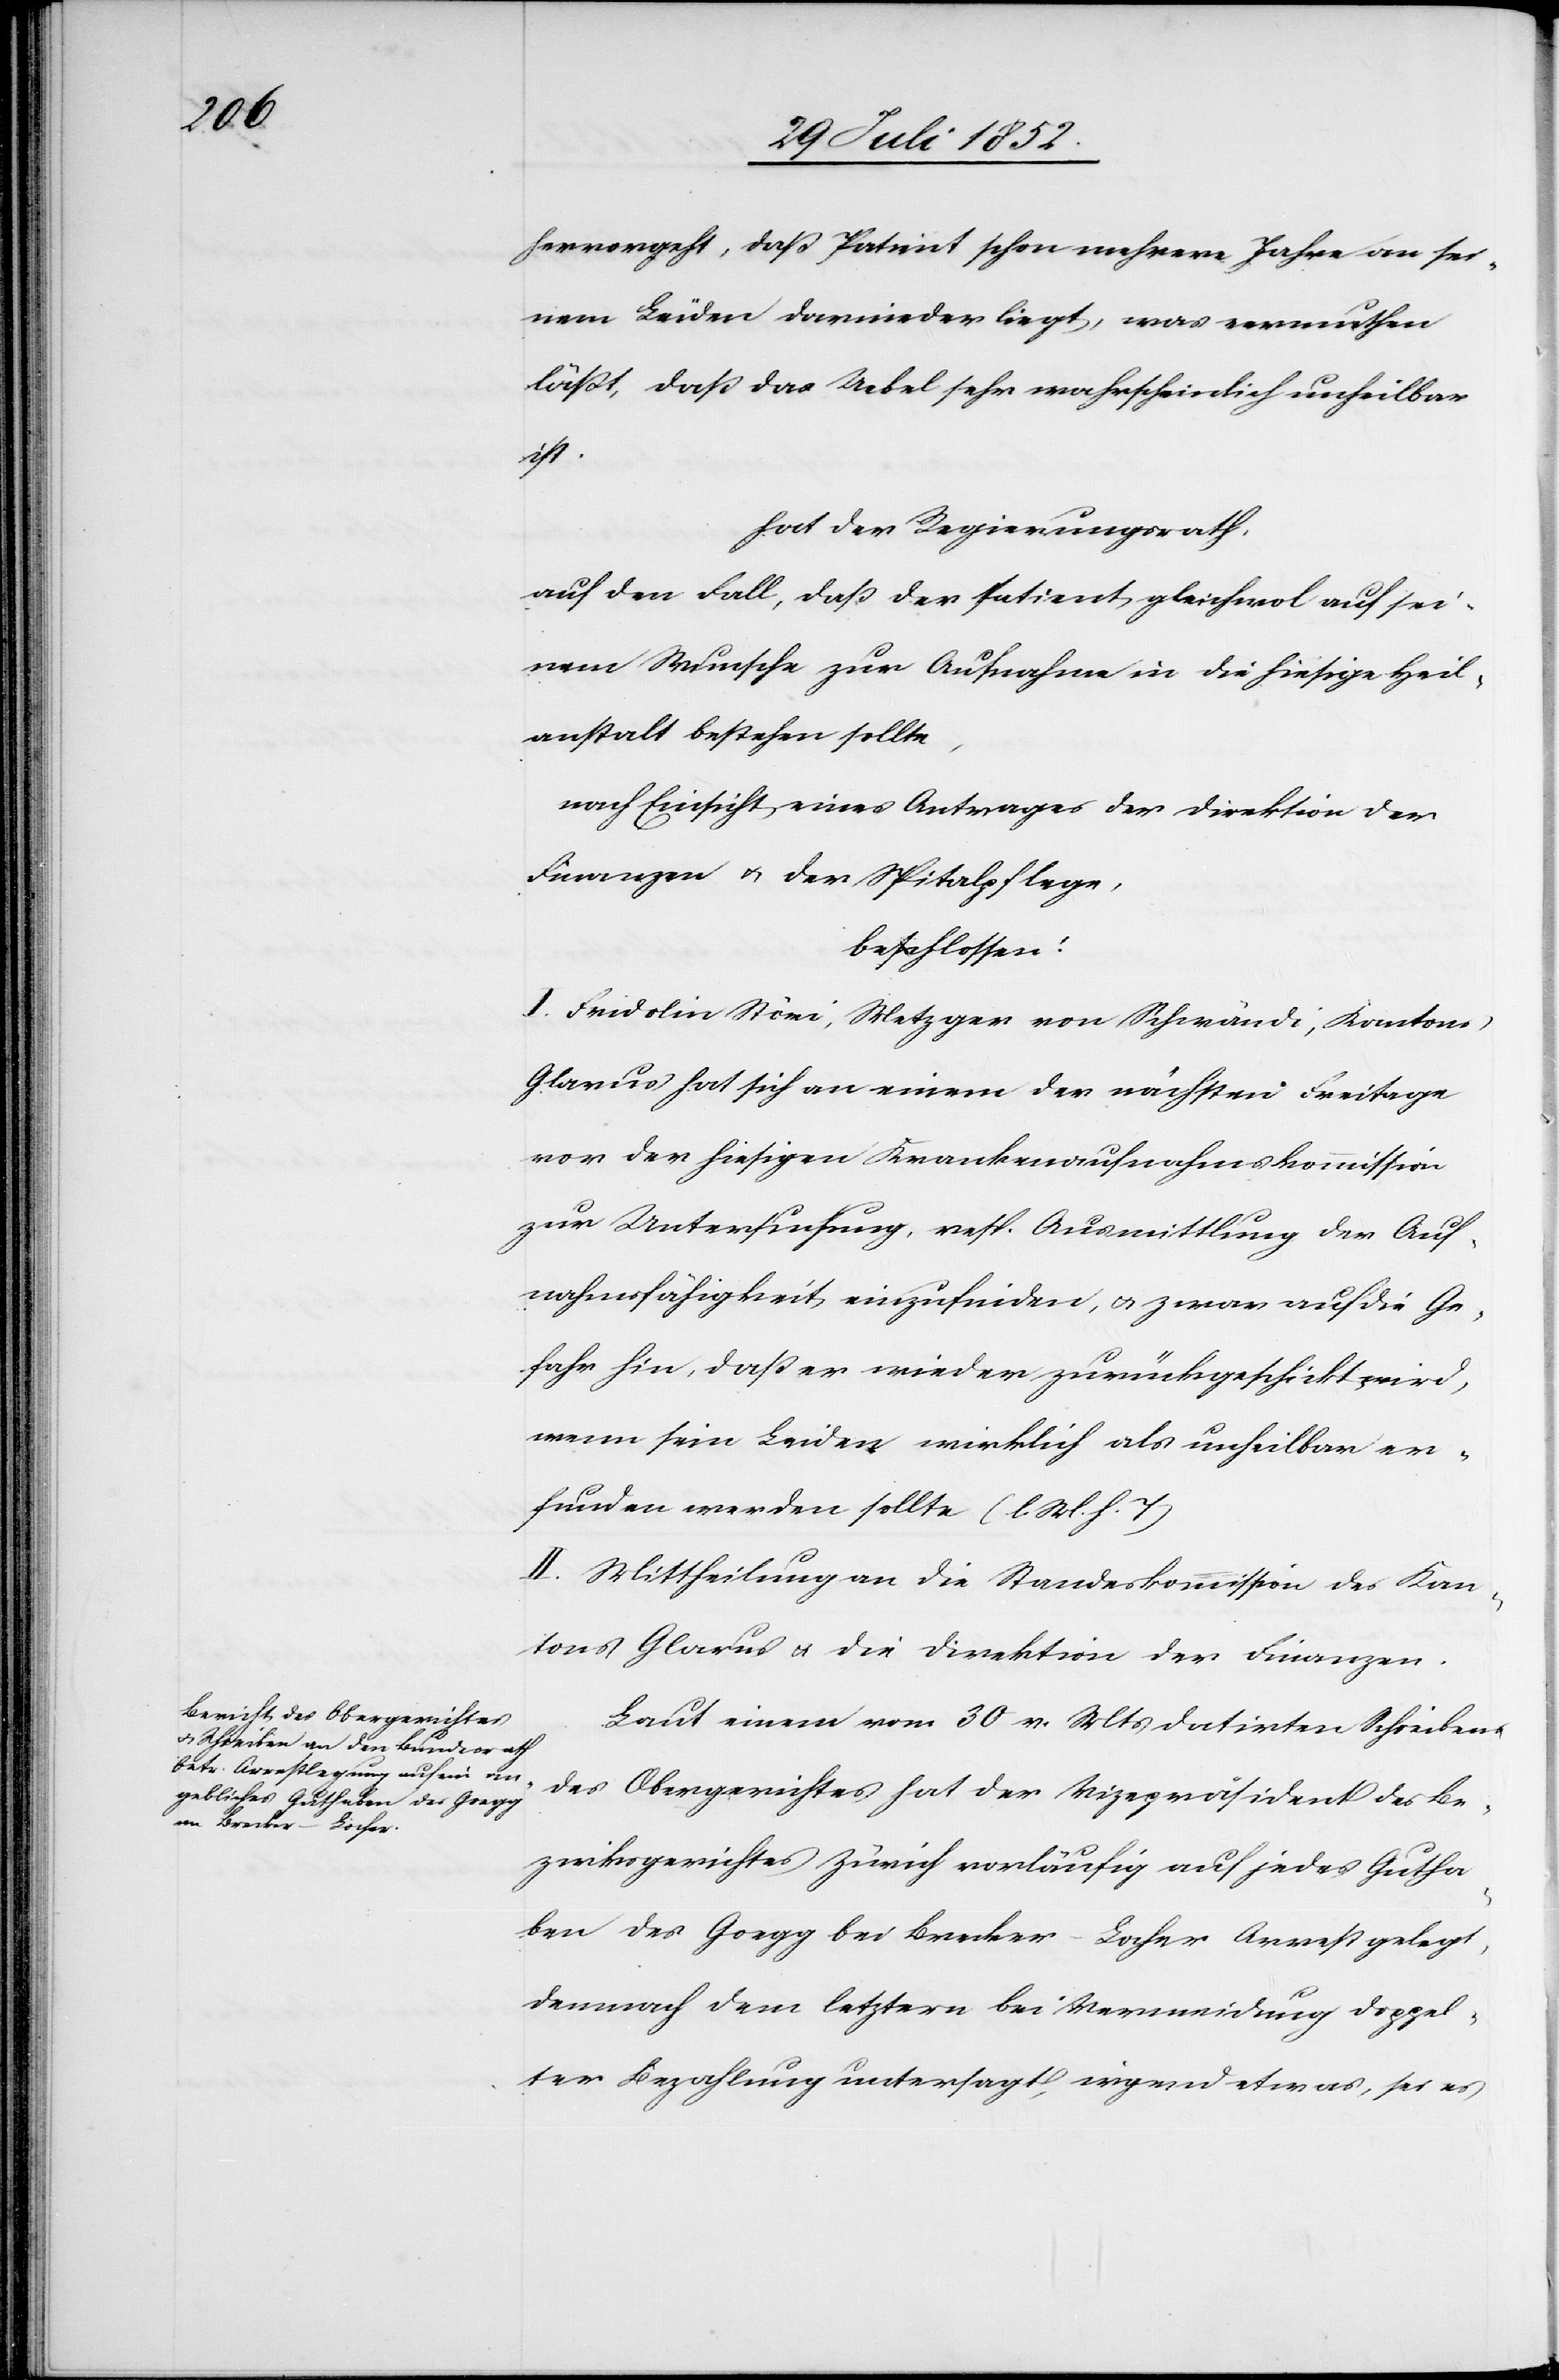
hervorgeht, daß Patient schon mehrere Jahre an sei¬
nem Leiden darnieder liegt, was vermuthen
läßt, daß das Uebel sehr wahrscheinlich unheilbar
2t.
hat der Regierungsrath,
auf den Fall, daß der Patient gleichwo[h]l auf sei¬
nem Wunsche zur Aufnahme in die hiesige Heil¬
anstalt bestehen sollte,
nach Einsicht eines Antrages der Direktion der
Finanzen & der Spitalpflege,
beschlossen:
I. Fridolin Störi, Metzger von Schwändi, Kantons
Glarus hat sich an einem der nächsten Freitage
vor der hiesigen Krankenaufnahmskommission
zur Untersuchung, resp. Ausmittlung der Auf¬
nahmsfähigkeit einzufinden, & zwar auf die Ge¬
fahr hin, daß er wieder zurückgeschickt wird,
wenn sein Leiden wirklich als unheilbar er¬
funden werden sollte (l. M. h. T)
II. Mittheilung an die Standeskommission des Kan¬
tons Glarus & die Direktion der Finanzen.
Laut einem vom 30 v. Mts datirten Schreiben
des Obergerichtes hat der Vizepräsident des Be¬
zirksgerichtes Zürich vorläufig auf jedes Gutha¬
ben des Goegg bei Brecker-Locher Arrest gelegt,
demnach dem letztern bei Vermeidung doppel¬
ter Bezahlung untersagt, irgend etwas, sei es